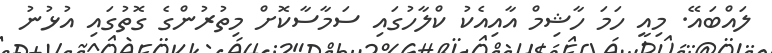
ލައްބައޭ. މިއީ ހަމަ ހާޝިމް އާއިއެކު ކްލާހުގައި ސަމާސާކޮށް މިތުރުންގެ ގޮތުގައި އުޅުނު